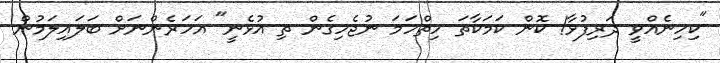
"ކިހިނެއްވީ ދަރިފުޅާ! ކޮން ކަމަކާތަ ހިތްހަމަ ނުޖެހިގެން ތި އުޅެނީ" އަހަރެންނަށް ބަލައިލަމުން